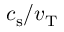
c _ { \mathrm { s } } / v _ { \mathrm { T } }